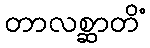
တာလစ္ဆာတိံ